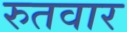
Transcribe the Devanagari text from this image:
रुतवार